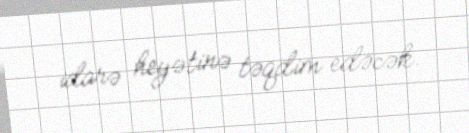
idarə heyətinə təqdim edəcək.